38_143685_box_Incident_Summaries_101-172
Agency: Department of War
Page 81
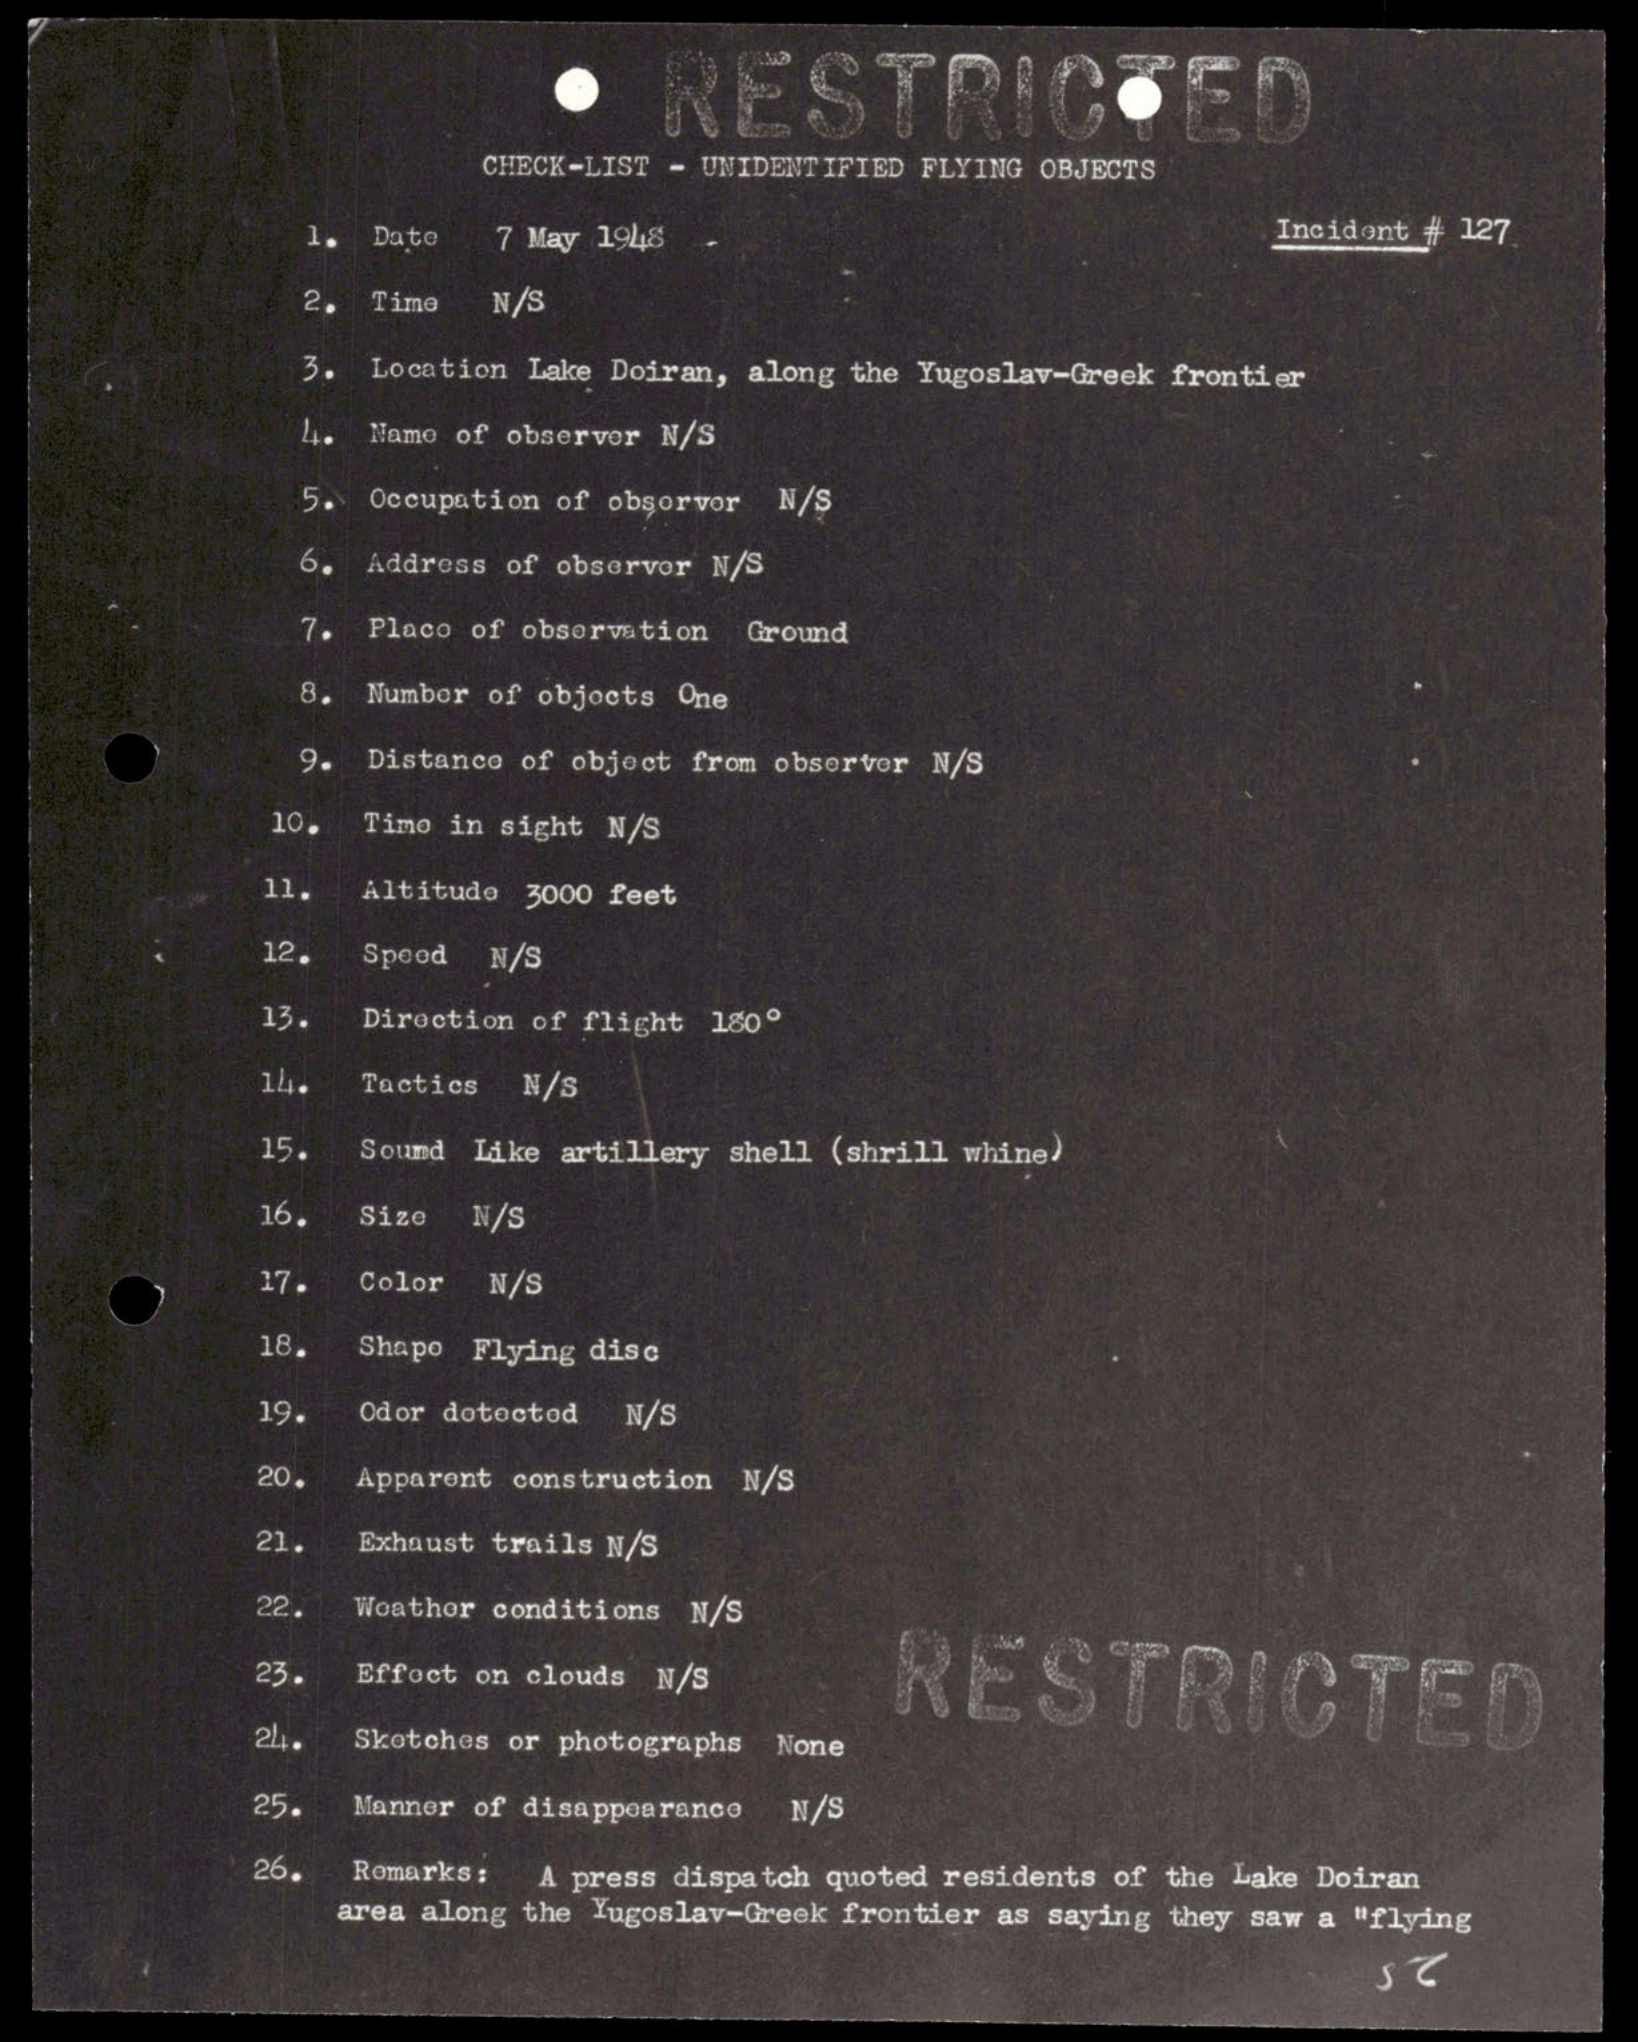